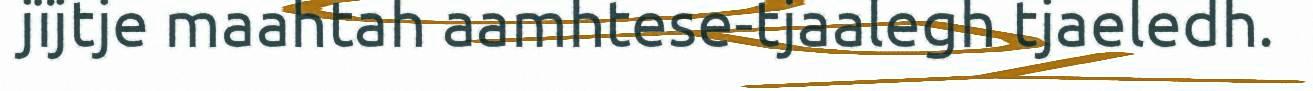
jïjtje maahtah aamhtese-tjaalegh tjaeledh.